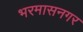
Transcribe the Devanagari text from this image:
भरमासनगर